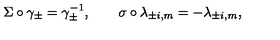
\Sigma \circ \gamma _ { \pm } = \gamma _ { \pm } ^ { - 1 } , \qquad \sigma \circ \lambda _ { \pm i , m } = - \lambda _ { \pm i , m } ,